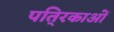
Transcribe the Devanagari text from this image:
पति्रकाओं